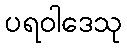
ပရဝါဒေသု